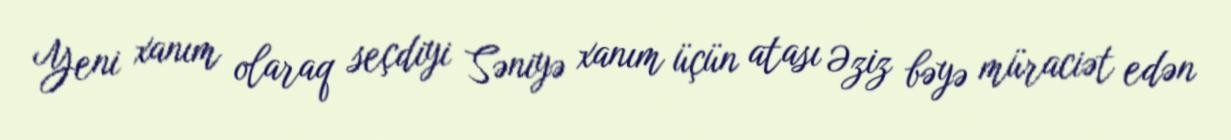
Yeni xanım olaraq seçdiyi Səniyə xanım üçün atası Əziz bəyə müraciət edən